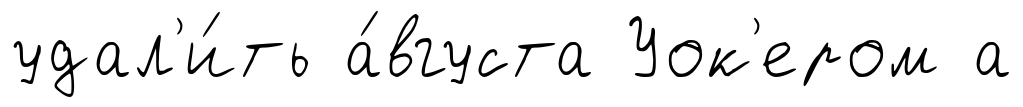
удал'и́ть а́вгуста Уок'ером а